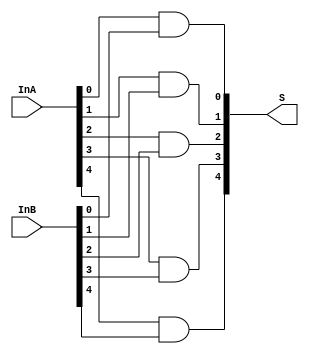
module _5bit_and(S,InA,InB);
input [4:0] InA,InB;
output [4:0] S;

and firstBit(S[0],InA[0],InB[0]);
and secondBit(S[1],InA[1],InB[1]);
and thirdBit(S[2],InA[2],InB[2]);
and fourthBit(S[3],InA[3],InB[3]);
and fifthBit(S[4],InA[4],InB[4]);



endmodule